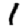
Digit: 1